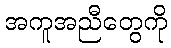
အကူအညီတွေကို